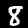
Digit: 8